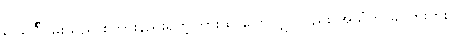
ရင်ရင်ြိငမ်းသည် စကားနည်းရတဲ့ကြားထဲ ပြောလျှင်လည်း အသံက ခပ်တိုးတိုး။